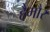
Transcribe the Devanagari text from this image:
हैमौर